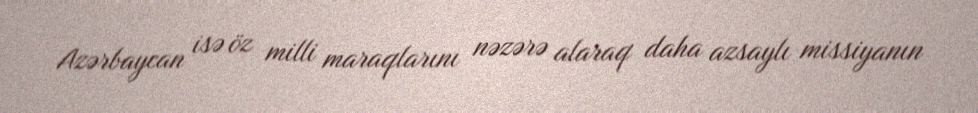
Azərbaycan isə öz milli maraqlarını nəzərə alaraq daha azsaylı missiyanın